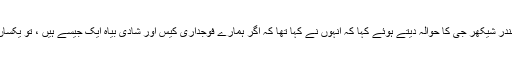
اس موقع پر یوگی نے چندر شیکھر جی کا حوالہ دیتے ہوئے کہا کہ انہوں نے کہا تھا کہ اگر ہمارے فوجداری کیس اور شادی بیاہ ایک جیسے ہیں ، تو یکساں سول کو کیوں نہیںہے۔